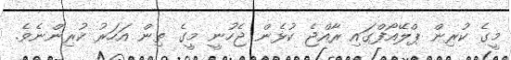
މީގެ ކުރިން ޕްލޭއޯފްގައި ރާއްޖެ ކުޅެން ޖެހުނީ މީގެ ތިން އަހަރު ކުރިންނެވެ.